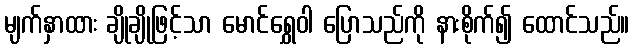
မျက်နှာထား ချိုချိုဖြင့်သာ မောင်ရွှေဝါ ပြောသည်ကို နားစိုက်၍ ထောင်သည်။